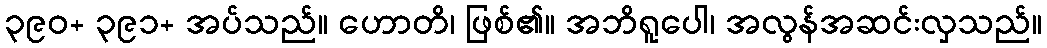
၃၉၀+ ၃၉၁+ အပ်သည်။ ဟောတိ၊ ဖြစ်၏။ အဘိရူပေါ၊ အလွန်အဆင်းလှသည်။